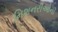
મિશનરીઓની